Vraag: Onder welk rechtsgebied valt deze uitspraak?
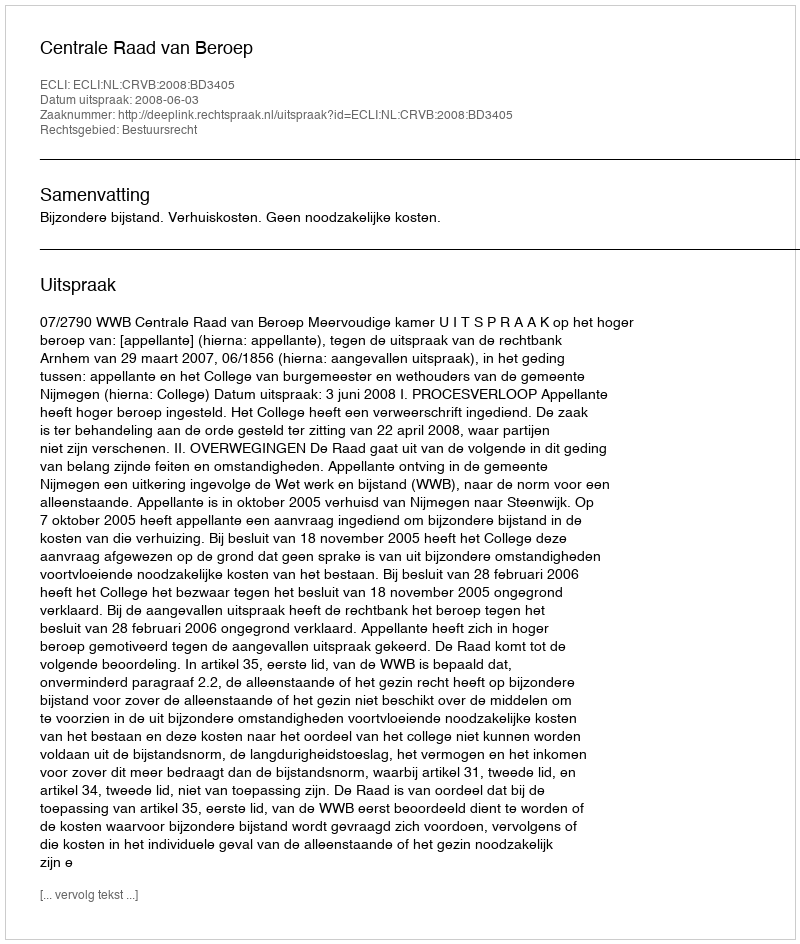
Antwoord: Bestuursrecht